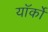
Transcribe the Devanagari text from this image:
यॉर्कों